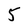
Character: 5